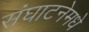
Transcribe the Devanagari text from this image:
संघाटनेमधे